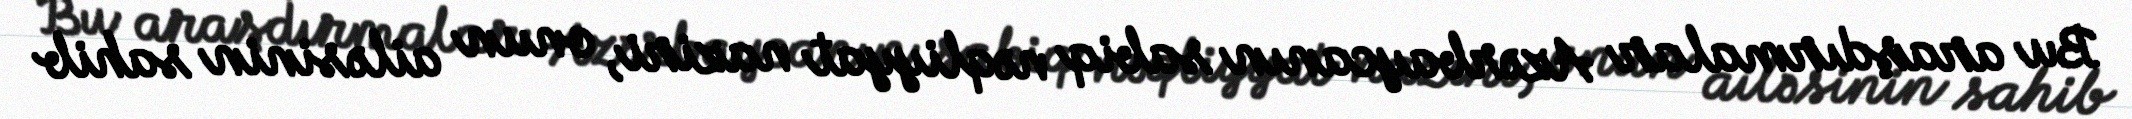
Bu araşdırmalar Azərbaycanın sabiq nəqliyyat naziri, onun ailəsinin sahib